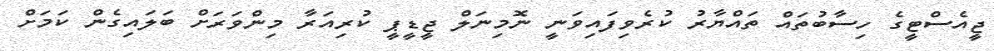
ޖީއެސްޓީގެ ހިސާބުތައް ތައްޔާރު ކުރެވިފައިވަނީ ނޮމިނަލް ޖީޑީޕީ ކުރިއަރާ މިންވަރަށް ބަލައިގެން ކަމަށް